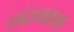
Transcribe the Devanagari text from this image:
चंदवाक